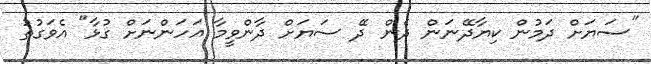
"ސަޔަށް ދަމުން ކިޔާދޭނަން ދެން ދޭ ސަޔަށް ދާންވީމާ އަހަންނަށް ގުޅާ" އެވަގުތު